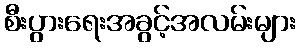
စီးပွားရေးအခွင့်အလမ်းများ